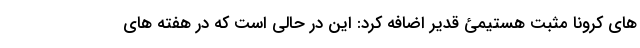
های کرونا مثبت هستیمئ قدیر اضافه کرد: این در حالی است که در هفته های